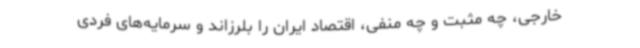
خارجی، چه مثبت و چه منفی، اقتصاد ایران را بلرزاند و سرمایه‌های فردی